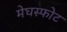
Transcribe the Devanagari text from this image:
मेघस्फोट